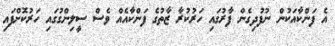
އެ ފަންކާއަކުން ނުފުދިގެން ފާރުގައި ހަރުކުރާ ޒާތުގެ ފަންކާއެއް ވެސް ސީލިންގުގައި ހަރުކޮށްފައި